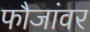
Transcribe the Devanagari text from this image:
फौजांवर